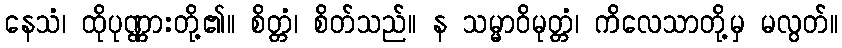
နေသံ၊ ထိုပုဏ္ဏားတို့၏။ စိတ္တံ၊ စိတ်သည်။ န သမ္မာဝိမုတ္တံ၊ ကိလေသာတို့မှ မလွတ်။